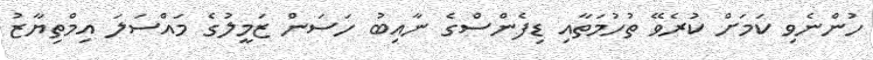
ހުންނެވި ކަމަށް ކުރެވޭ ތުހުމަތާއި ޑިފެންސްގެ ނާއިބު ހަސަން ޒަމީލުގެ މައްސަލަ އިމްތިޔާޒު